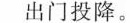
出门投降。